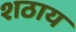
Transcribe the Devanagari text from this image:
शठाय